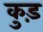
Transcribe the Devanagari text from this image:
कुड़